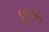
છક